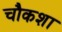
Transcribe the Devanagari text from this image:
चौकशा